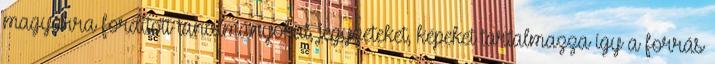
magyarra fordított tanulmányokat, jegyzeteket, képeket tartalmazza így a forrás